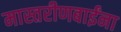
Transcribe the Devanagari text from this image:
मास्तरीणबाईंना